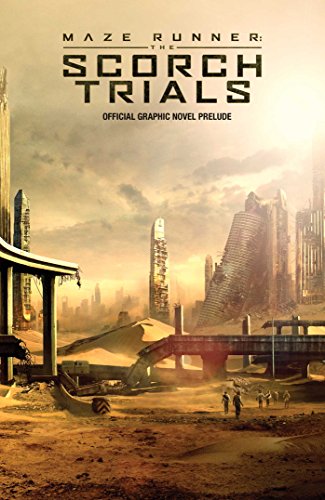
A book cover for Maze Runner: The Scorch Trials: The Official Graphic Novel Prelude; Jackson Lanzing; Teen & Young Adult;